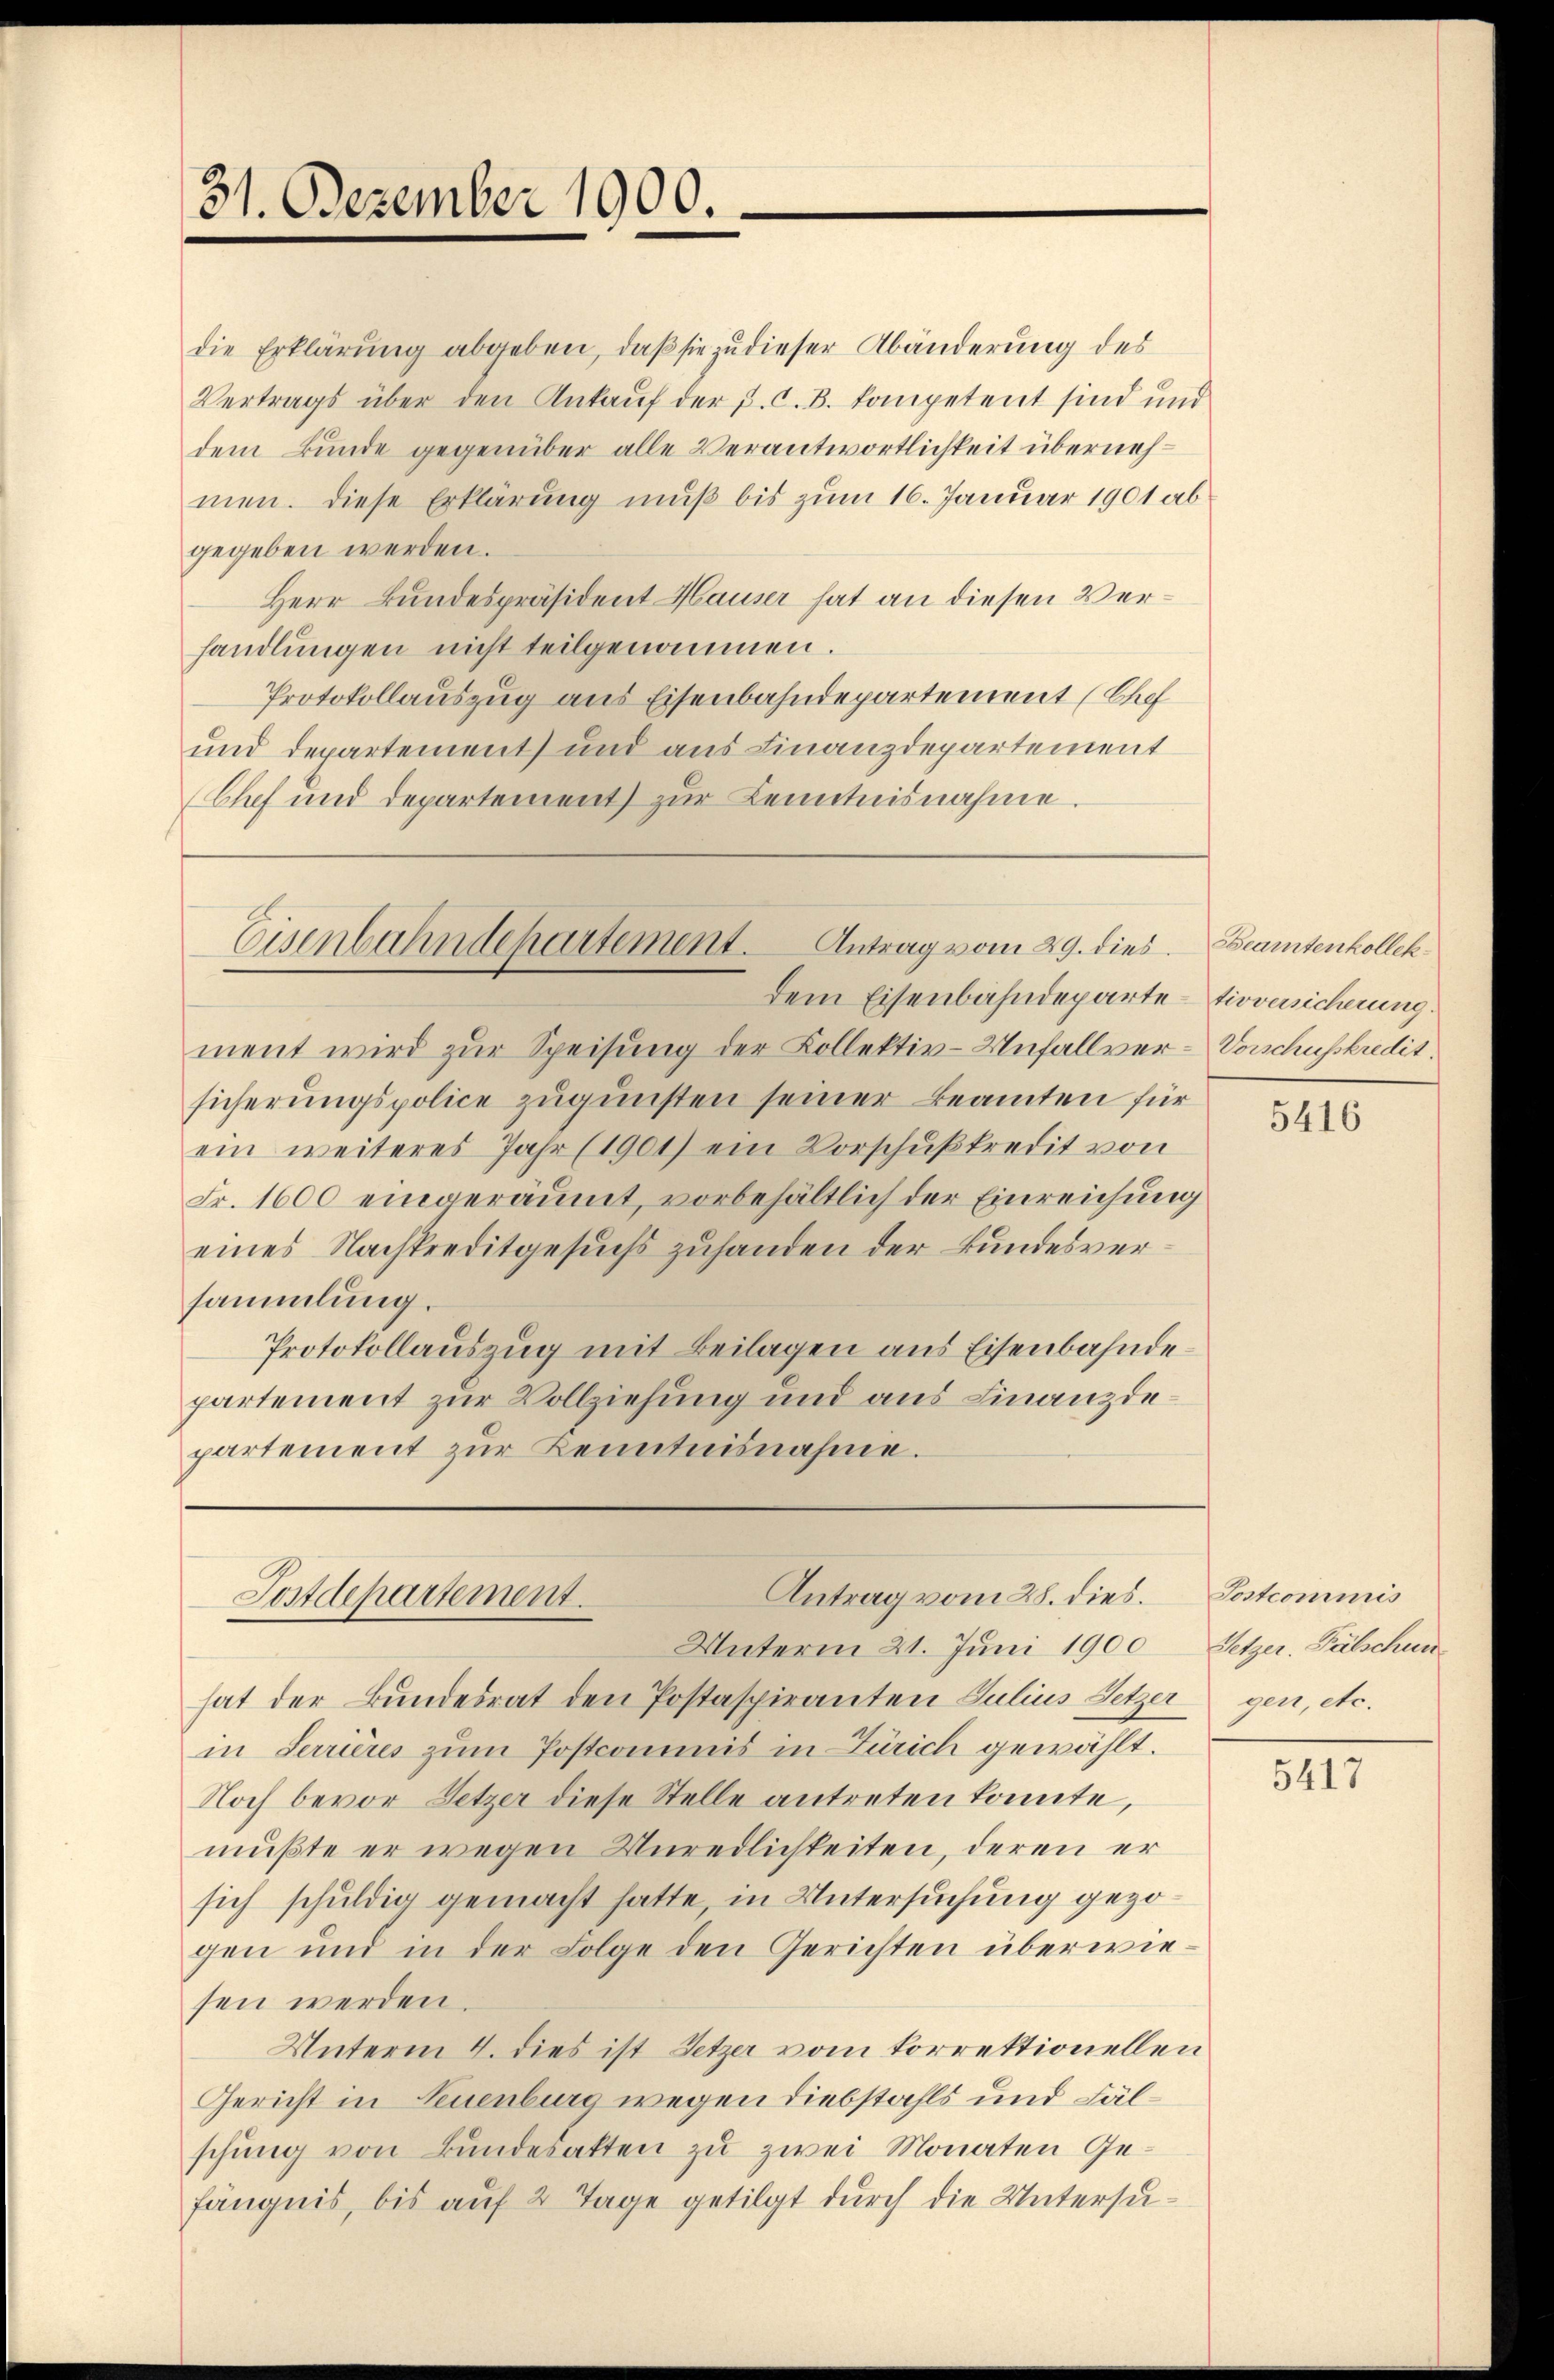
31. Dezember 1900.

die Erklärung abgeben, daß sie zu dieser Abänderung des
Vertrags über den Ankauf der p. C. B. kompetent sind und
dem Bunde gegenüber alle Verantwortlichkeit übernehmen. Diese Erklärung muß bis zum 16. Januar 1901 ab
gegeben werden.
Herr Bundespräsident Hauser hat an diesen Verhandlungen nicht teilgenommen.
Protokollauszug aus Eisenbahndepartement (Sch
und Departement und aus Finanzdepartement
Chef und Departement zur Kenntnisnahme.

Eisenbahndepartement. Antrag vom 29. dies
dem Eisenbahndeparte

sicherungspolice zugunsten seiner Beamten für
ein weiteres Jahr (1901) ein Vorschußkredit von
Fr. 1600 eingeräumt, vorbehältlich der Einreichung
eines Nachkreditgesuchs zuhanden der Bundesversammlung.
Protokollauszug mit Beilagen aus Eisenbahnde
partement zur Vollziehung und aus Finanzdepartement zur Kenntnisnahme.

ment wird zur Speisung der Kollektiv-Unfallver-Vorschusskredit.

Antrag vom 28. dies.
Postdepartement.

Unterm 21. Juni 1900 Setzer. Fälschun
hat der Bundesrat den Postaspiranten Julius Setzer gen, etc.
in Terrières zum Postcommis in Zürich gewählt.
Noch bevor Setzer diese Stelle antreten konnte,
mußte er wegen Unredlichkeiten, deren er
sich schuldig gemacht hatte, in Untersuchung gezogen und in der Folge den Gerichten überwiesen werden.
Unterm 4. dies ist Setzer vom korrektionellen
Gericht in Feuenburg wegen Diebstahls und Fälschung von Bundesatten zu zwei Monaten Gefängnis, bis auf 2 Tage getilgt durch die Untersu¬

Beamtenkollek
tivversicherung

5416

Postcommis

5417